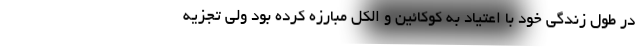
در طول زندگی خود با اعتیاد به کوکائین و الکل مبارزه کرده بود ولی تجزیه